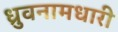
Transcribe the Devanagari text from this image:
ध्रुवनामधारी